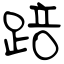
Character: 踣